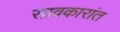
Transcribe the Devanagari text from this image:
सावकारांत